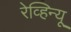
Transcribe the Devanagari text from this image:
रेव्हिन्यू